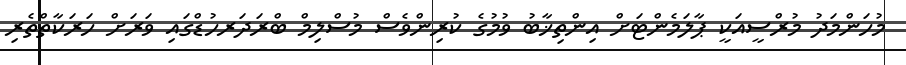
މުހަންމަދު މުރްސީއަކީ ޕާލަމެންޓަށް އިންތިޚާބު ވުމުގެ ކުރިންވެސް މުސްލިމް ބްރަދަރހުޑްގައި ވަރަށް ހަރަކާތްތެރި